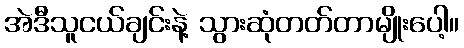
အဲဒီသူငယ်ချင်းနဲ့ သွားဆုံတတ်တာမျိုးပေါ့။